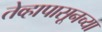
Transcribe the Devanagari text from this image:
तेव्हापासूनच्या